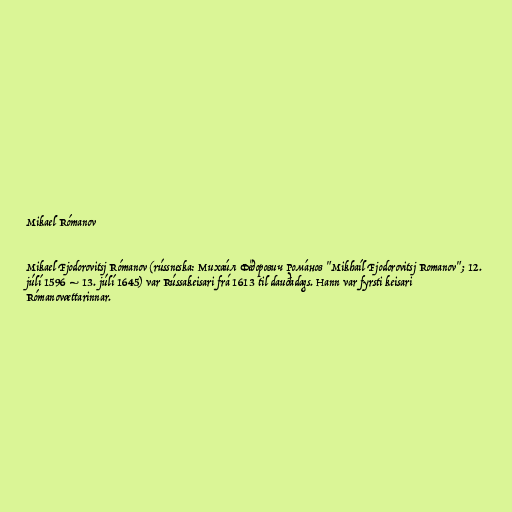
Mikael Rómanov

Mikael Fjodorovitsj Rómanov (rússneska: Михаи́л Фёдорович Рома́нов "Mikhaíl Fjodorovitsj Romanov"; 12.
júlí 1596 – 13. júlí 1645) var Rússakeisari frá 1613 til dauðadags. Hann var fyrsti keisari
Rómanovættarinnar.